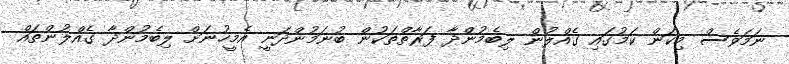
ނަމަވެސް މިކަން ކަމުގައި ގެއްލުން ލިބެމުންދާ ފަރާތްތަކުން ބުނަމުންދަނީ އެމީހުނަށް ލިބެމުންދާ ގެއްލުންތައް